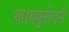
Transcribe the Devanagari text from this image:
था।यमुनोत्तरी